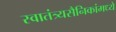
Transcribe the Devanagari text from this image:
स्वातंत्र्यसैनिकांमध्ये